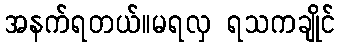
အနက်ရတယ်။မရလှ ရသကချိုင်